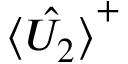
\hat { \langle U _ { 2 } \rangle } ^ { + }